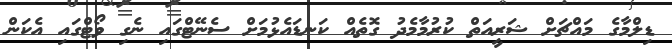
ޑިލްމާގެ މައްޗަށް ޝަރީއަތް ކުރުމާމެދު ގޮތެއް ކަނޑައެޅުމަށް ސެނޭޓްގައި ނެގި ވޯޓްގައި އެކަން